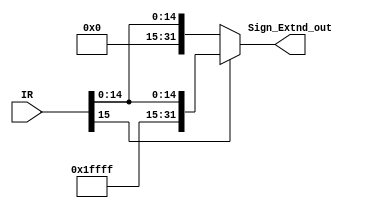

module Sign_Extend( IR, Sign_Extnd_out);
	input [15:0] IR ;
	output reg [31:0] Sign_Extnd_out ;
	
	always @(IR) begin
						if(IR[15]) begin
							Sign_Extnd_out <= {16'hFFFF, IR} ;
							end
						else begin
							Sign_Extnd_out <= {16'h0000, IR} ;
							end
						
						end
endmodule